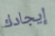
إيجادك